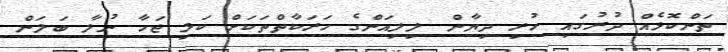
ތަންކޮޅެއް ދުރުގައި ހުރި ދިޔާން ލިލިއަންގެ ހަރަކާތްތަކަށް ކަޅި ޖަހާ ނުލާ ބަލަން